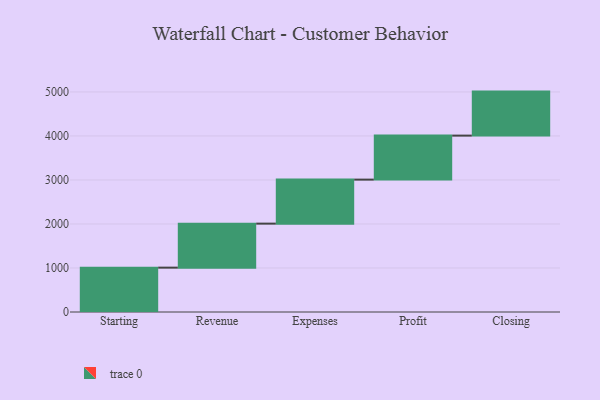
{"axis": {"x": "Step", "y": "Value"}, "legend": [""], "data": [{"x": "Starting", "y": 1008.0, "type": ""}, {"x": "Revenue", "y": 1000, "type": ""}, {"x": "Expenses", "y": 1000, "type": ""}, {"x": "Profit", "y": 1000, "type": ""}, {"x": "Closing", "y": 1000, "type": ""}]}